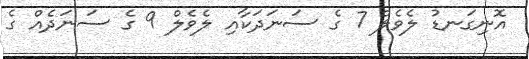
އޮނިގަނޑު ލެވެލް 7 ގެ ސަނަދަކާއި ލެވެލް 9 ގެ ސަނަދެއް ގެ